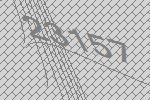
23157